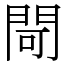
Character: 閜